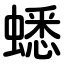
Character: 蟋